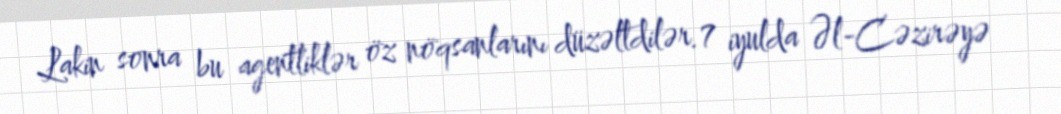
Lakin sonra bu agentliklər öz nöqsanlarını düzəltdilər.7 iyulda Əl-Cəzirəyə